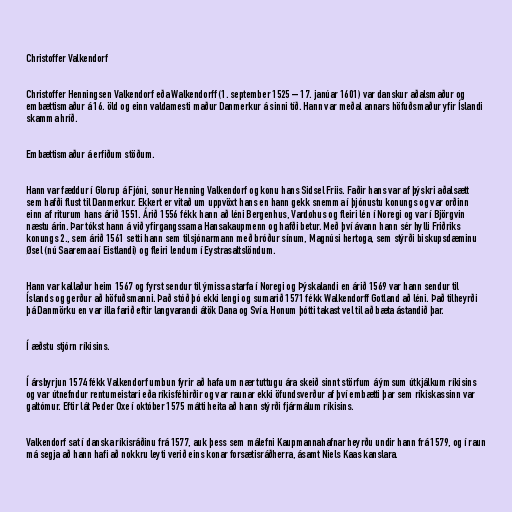
Christoffer Valkendorf

Christoffer Henningsen Valkendorf eða Walkendorff (1. september 1525 – 17. janúar 1601) var danskur aðalsmaður og
embættismaður á 16. öld og einn valdamesti maður Danmerkur á sinni tíð. Hann var meðal annars höfuðsmaður yfir Íslandi
skamma hríð.

Embættismaður á erfiðum stöðum.

Hann var fæddur í Glorup á Fjóni, sonur Henning Valkendorf og konu hans Sidsel Friis. Faðir hans var af þýskri aðalsætt
sem hafði flust til Danmerkur. Ekkert er vitað um uppvöxt hans en hann gekk snemma í þjónustu konungs og var orðinn
einn af riturum hans árið 1551. Árið 1556 fékk hann að léni Bergenhus, Vardøhus og fleiri lén í Noregi og var í Björgvin
næstu árin. Þar tókst hann á við yfirgangssama Hansakaupmenn og hafði betur. Með því ávann hann sér hylli Friðriks
konungs 2., sem árið 1561 setti hann sem tilsjónarmann með bróður sínum, Magnúsi hertoga, sem stýrði biskupsdæminu
Øsel (nú Saaremaa í Eistlandi) og fleiri lendum í Eystrasaltslöndum.

Hann var kallaður heim 1567 og fyrst sendur til ýmissa starfa í Noregi og Þýskalandi en árið 1569 var hann sendur til
Íslands og gerður að höfuðsmanni. Það stóð þó ekki lengi og sumarið 1571 fékk Walkendorff Gotland að léni. Það tilheyrði
þá Danmörku en var illa farið eftir langvarandi átök Dana og Svía. Honum þótti takast vel til að bæta ástandið þar.

Í æðstu stjórn ríkisins.

Í ársbyrjun 1574 fékk Valkendorf umbun fyrir að hafa um nær tuttugu ára skeið sinnt störfum á ýmsum útkjálkum ríkisins
og var útnefndur rentumeistari eða ríkisféhirðir og var raunar ekki öfundsverður af því embætti þar sem ríkiskassinn var
galtómur. Eftir lát Peder Oxe í október 1575 mátti heita að hann stýrði fjármálum ríkisins.

Valkendorf sat í danska ríkisráðinu frá 1577, auk þess sem málefni Kaupmannahafnar heyrðu undir hann frá 1579, og í raun
má segja að hann hafi að nokkru leyti verið eins konar forsætisráðherra, ásamt Niels Kaas kanslara.